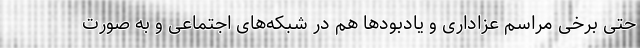
حتی برخی مراسم عزاداری و یادبودها هم در شبکه‌های اجتماعی و به صورت